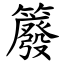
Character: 䉬